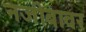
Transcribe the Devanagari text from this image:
नजीबावर